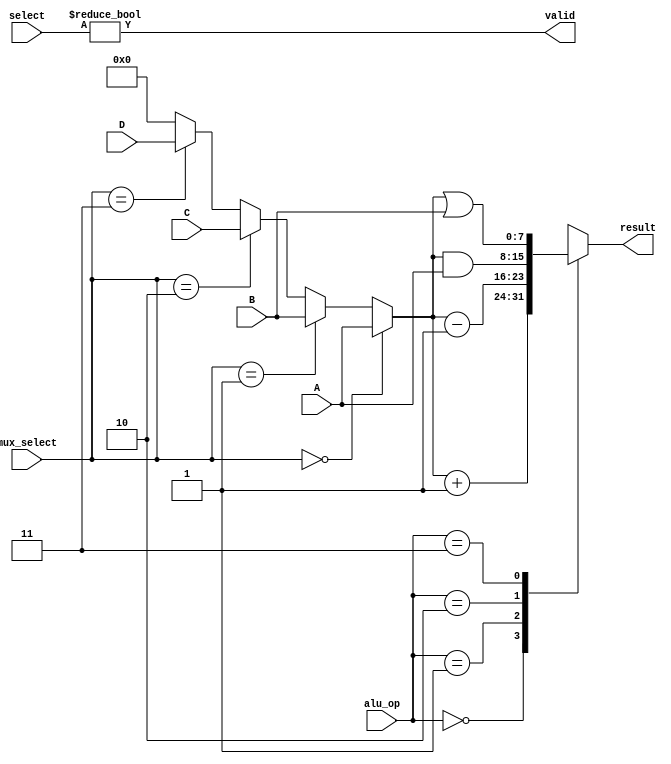
module combinational_logic_block #(
    parameter NUM_INPUTS = 4,
    parameter DATA_WIDTH = 8
)(
    input wire [NUM_INPUTS-1:0] select,              // Control signals for configuration
    input wire [DATA_WIDTH-1:0] A,                   // Input A
    input wire [DATA_WIDTH-1:0] B,                   // Input B
    input wire [DATA_WIDTH-1:0] C,                   // Input C (optional)
    input wire [DATA_WIDTH-1:0] D,                   // Input D (optional)
    input wire [NUM_INPUTS-1:0] mux_select,          // MUX select lines
    input wire [1:0] alu_op,                          // ALU operation select
    output wire [DATA_WIDTH-1:0] result,             // Result output
    output wire valid                                   // Valid output signal
);

    // Internal signals
    wire [DATA_WIDTH-1:0] mux_out;                    // MUX output
    wire [DATA_WIDTH-1:0] alu_out;                    // ALU output

    // MUX for selecting inputs based on mux_select
    assign mux_out = (mux_select == 2'b00) ? A :
                     (mux_select == 2'b01) ? B :
                     (mux_select == 2'b10) ? C :
                     (mux_select == 2'b11) ? D : 0;

    // ALU implementation
    always @(*) begin
        case (alu_op)
            2'b00: alu_out = mux_out + 1;                // Increment
            2'b01: alu_out = mux_out - 1;                // Decrement
            2'b10: alu_out = mux_out & A;                 // AND with A
            2'b11: alu_out = mux_out | B;                 // OR with B
            default: alu_out = 0;
        endcase
    end

    // Output result and valid signal
    assign result = alu_out;
    assign valid = (select != 0);                     // Example valid condition

endmodule